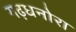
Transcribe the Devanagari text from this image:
गढ़धनोरा